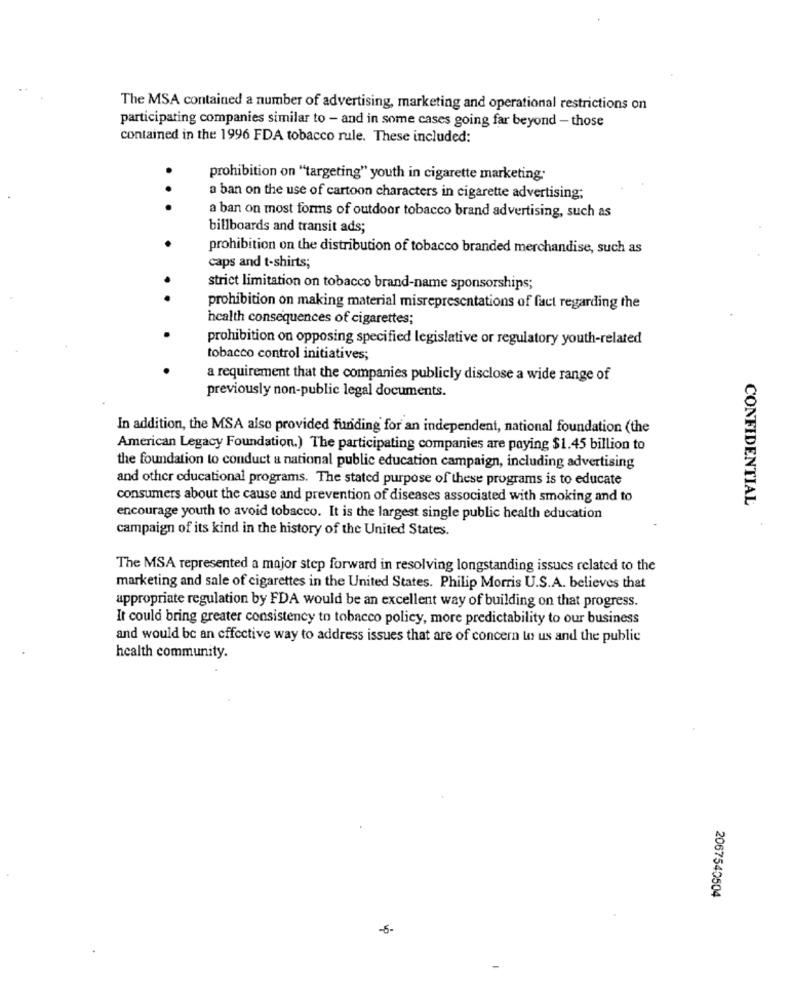
The MSA contained a number of advertising, marketing and operational restrictions on
participating companies similar to - and in some cases going far beyond - those
contained in the 1996 FDA tobacco rule. These included:
prohibition on "targeting" youth in cigarette marketing;
a ban on the use of cartoon characters in cigarette advertising;
. . .
a ban on most forms of outdoor tobacco brand advertising, such as
billboards and transit ads;
prohibition on the distribution of tobacco branded merchandise, such as
caps and t-shirts;
strict limitation on tobacco brand-name sponsorships;
prohibition on making material misrepresentations of fact regarding the
health consequences of cigarettes;
prohibition on opposing specified legislative or regulatory youth-related
tobacco control initiatives;
a requirement that the companies publicly disclose a wide range of
previously non-public legal documents.
In addition, the MSA also provided funding for an independent, national foundation (the
American Legacy Foundation.) The participating companies are paying $1.45 billion to
the foundation to conduct a national public education campaign, including advertising
and other educational programs. The stated purpose of these programs is to educate
consumers about the cause and prevention of diseases associated with smoking and to
CONFIDENTIAL
encourage youth to avoid tobacco. It is the largest single public health education
campaign of its kind in the history of the United States.
The MSA represented a major step forward in resolving longstanding issues related to the
marketing and sale of cigarettes in the United States. Philip Morris U.S.A. believes that
appropriate regulation by FDA would be an excellent way of building on that progress.
It could bring greater consistency to tobacco policy, more predictability to our business
and would be an effective way to address issues that are of concern to us and the public
health community.
2067540504
-6-